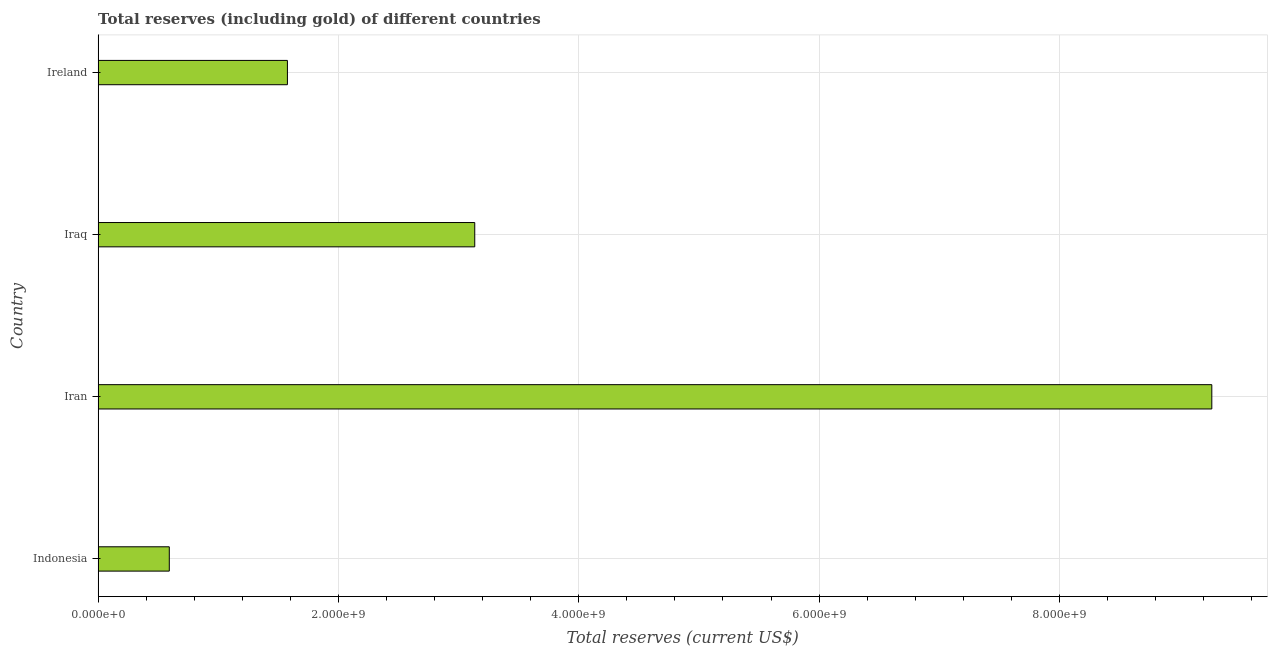
| Country | Total reserves (includes gold |
 | --- | --- |
 | Indonesia | 5.92e+08 |
 | Iran | 9.27e+09 |
 | Iraq | 3.13e+09 |
 | Ireland | 1.58e+09 |